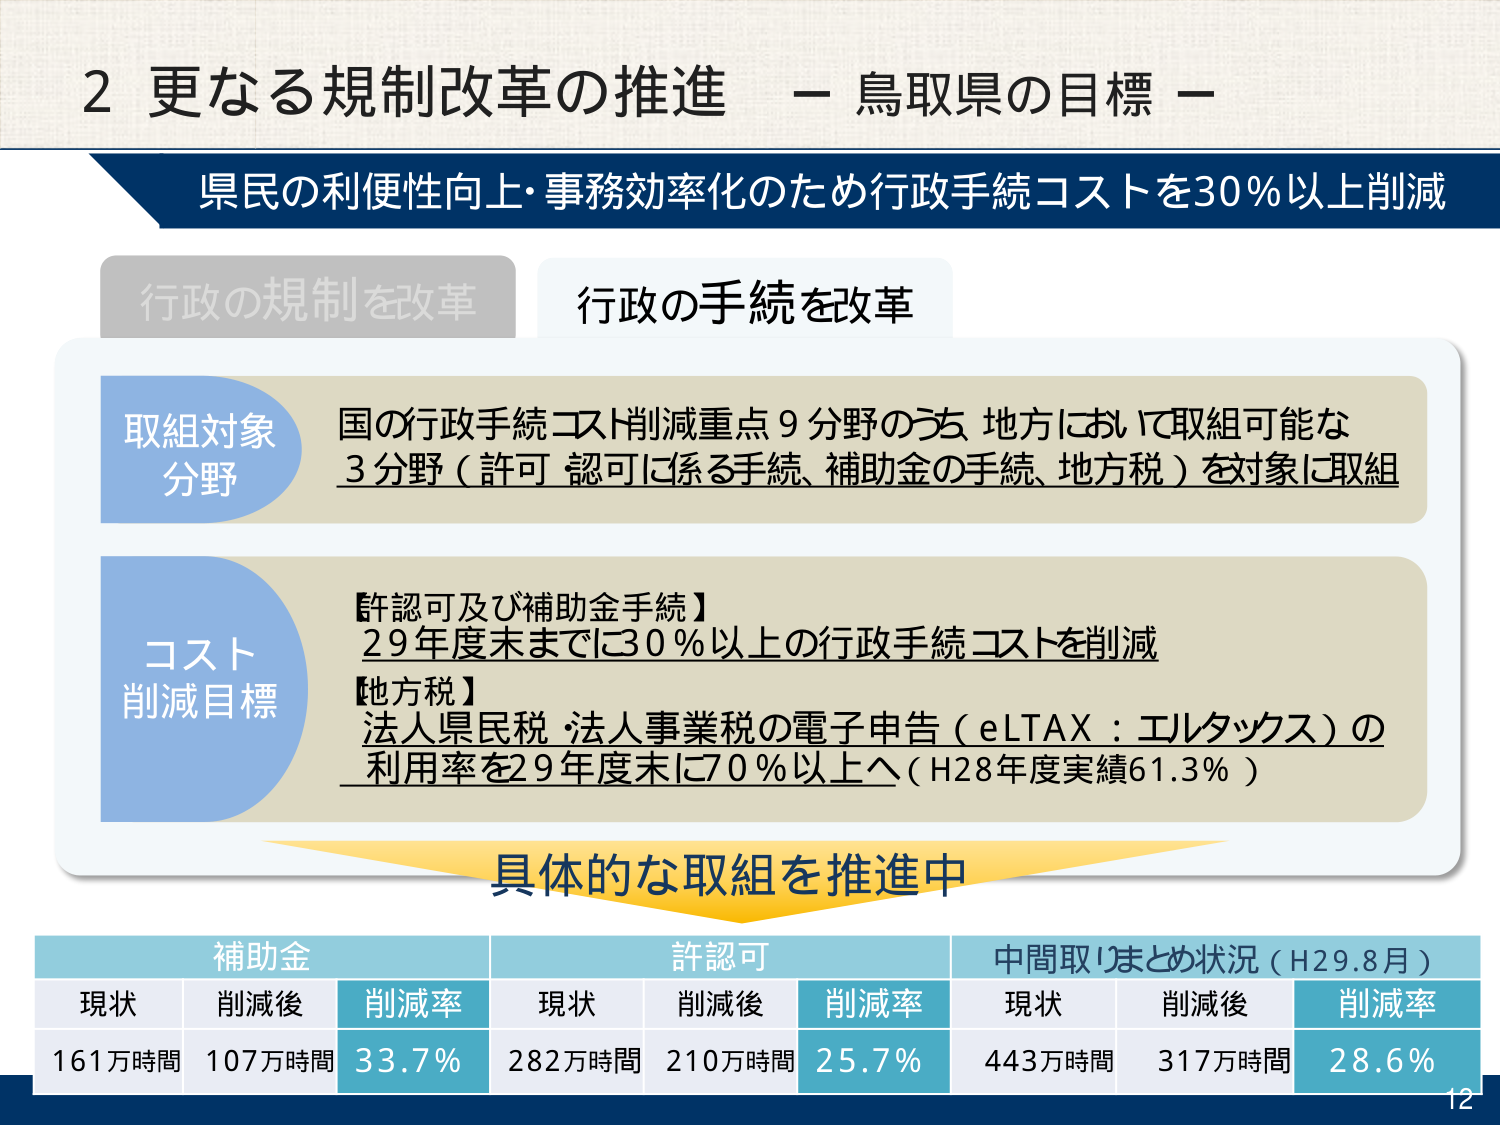
2 更なる規制改革の推進 － 鳥取県の目標 －
県民の利便性向上・事務効率化のため行政手続コストを30％以上削減

行政の規制を改革
行政の手続を改革

取組対象
分野
国の行政手続コスト削減重点9分野のうち、地方において取組可能な
3分野（許可・認可に係る手続、補助金の手続、地方税）を対象に取組

コスト
削減目標
【許認可及び補助金手続】
29年度末までに30％以上の行政手続コストを削減
【地方税】
法人県民税・法人事業税の電子申告（eLTAX：エルタックス）の
利用率を29年度末に70％以上へ（H28年度実績61.3％）

具体的な取組を推進中

補助金　　許認可　　中間取りまとめ状況（H29.8月）
現状　　削減後　　削減率　　現状　　削減後　　削減率　　現状　　削減後　　削減率
161万時間　107万時間　33.7％　　282万時間　210万時間　25.7％　　443万時間　317万時間　28.6％

12